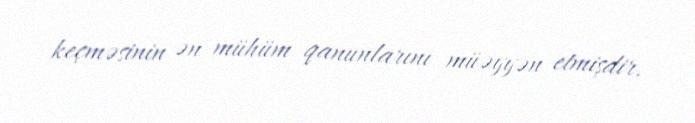
keçməsinin ən mühüm qanunlarını müəyyən etmişdir.